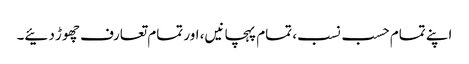
اپنے تمام حسب نسب، تمام پہچانیں، اور تمام تعارف چھوڑ دئیے۔